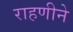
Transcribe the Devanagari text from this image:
राहणीने